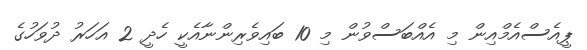
ޕީއެސްއެމްއިން މި އެއްބަސްވުން މި 10 ބައިވެރިންނާއެކީ ހެދީ 2 އަހަރު ދުވަހުގެ